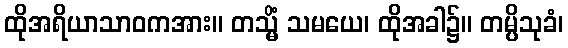
ထိုအရိယာသာဝကအား။ တသ္မိံ သမယေ၊ ထိုအခါ၌။ တမ္ပိသုခံ၊